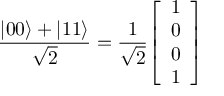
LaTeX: { \frac { | 0 0 \rangle + | 1 1 \rangle } { \sqrt { 2 } } } = { \frac { 1 } { \sqrt { 2 } } } { \left[ \begin{array} { l } { 1 } \\ { 0 } \\ { 0 } \\ { 1 } \end{array} \right] }